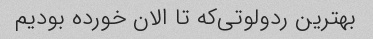
بهترین ردولوتی‌که تا الان خورده بودیم